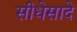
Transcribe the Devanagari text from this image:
सीधेसादे